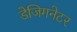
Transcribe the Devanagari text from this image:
डेजिगनेटर